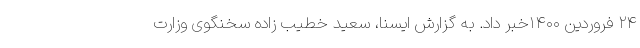
۲۴ فروردین ۱۴۰۰خبر داد. به گزارش ایسنا، سعید خطیب زاده سخنگوی وزارت